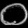
Digit: ၀